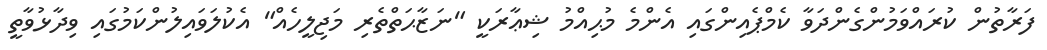
ފަރާތުން ކުރައްވަމުންގެންދަވާ ކެމްޕެއިންގައި އެންމެ މުޙިއްމު ޝިޢާރަކީ "ނަޒާޙަތްތެރި މަޖިލީހެއް" އެކުލަވައިލުންކަމުގައި ވިދާޅުވާތީ